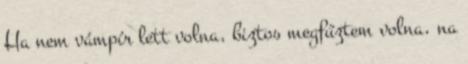
Ha nem vámpír lett volna, biztos megfűztem volna, na